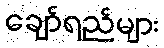
ချော်ရည်များ